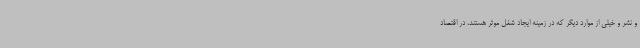
و نشر و خیلی از موارد دیگر که در زمینه ایجاد شغل موثر هستند، در اقتصاد